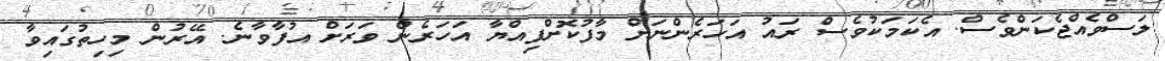
ލަސްވެއްޖެކަންވެސް. އެކަމަކުވެސް ރައު އަހަރެންނަށް މާފުކޮށްފިއްޔާ އަހަރެން ވަރަށް އުފާވާނެ. އޭރުން މިހިތުގައިވާ